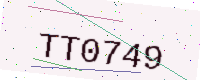
Text: TT0749